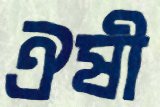
ঐষী